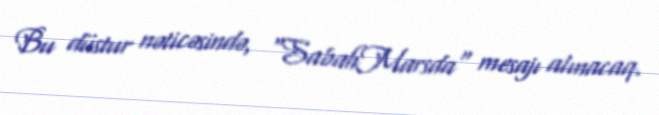
Bu düstur nəticəsində, "SabahMarsda" mesajı alınacaq.